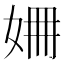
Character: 𡜜